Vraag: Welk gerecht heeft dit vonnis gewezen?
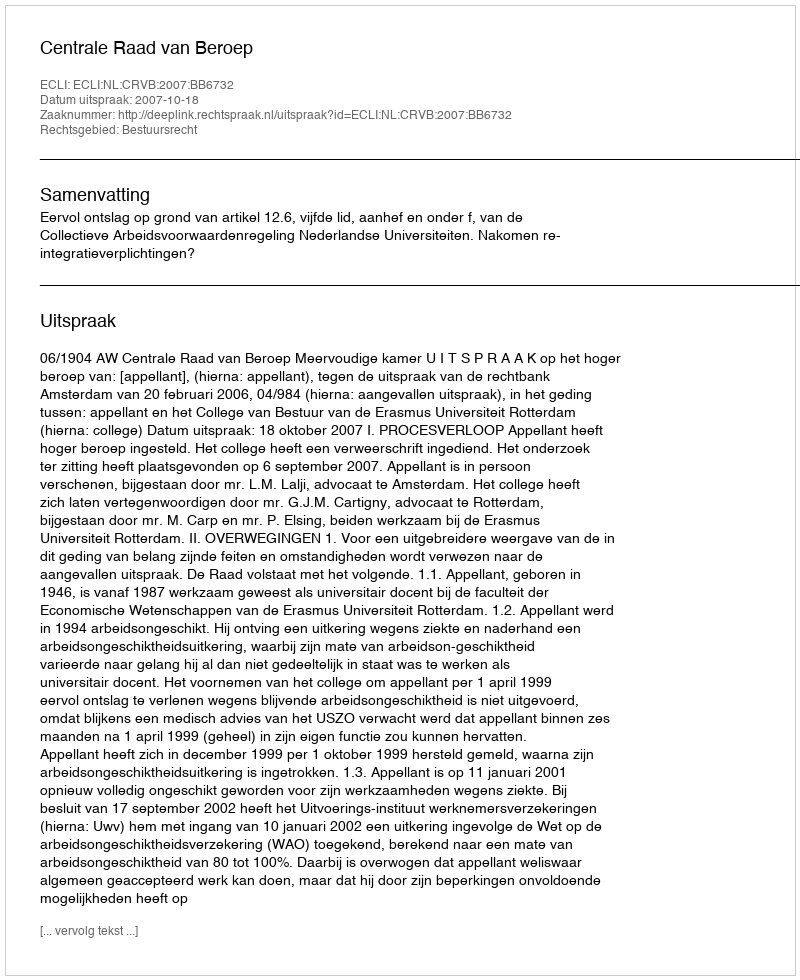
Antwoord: Centrale Raad van Beroep